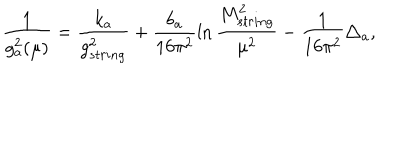
\frac { 1 } { g _ { a } ^ { 2 } ( \mu ) } = \frac { k _ { a } } { g _ { s t r i n g } ^ { 2 } } + \frac { b _ { a } } { 1 6 \pi ^ { 2 } } \ln \frac { M _ { s t r i n g } ^ { 2 } } { \mu ^ { 2 } } - \frac { 1 } { 1 6 \pi ^ { 2 } } \triangle _ { a } ,